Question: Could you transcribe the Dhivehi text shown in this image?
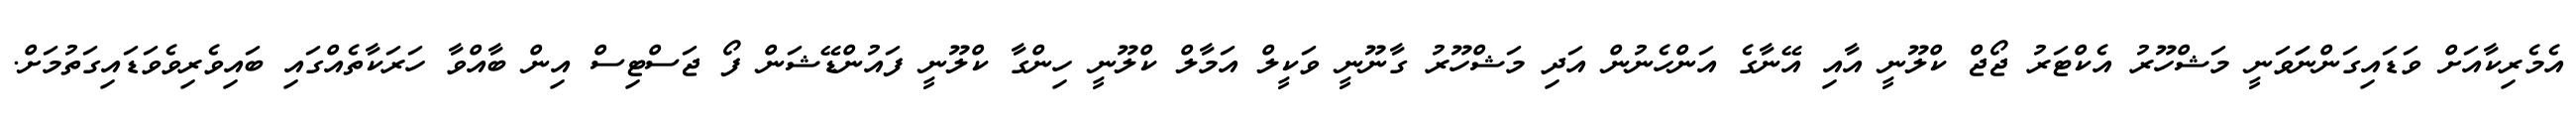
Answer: އެމެރިކާއަށް ވަޑައިގަންނަަވަނީ މަޝްހޫރު އެކްޓަރު ޖޯޖް ކްލޫނީ އާއި އޭނާގެ އަންހެނުން އަދި މަޝްހޫރު ގާނޫނީ ވަކީލް އަމާލް ކްލޫނީ ހިންގާ ކްލޫނީ ފައުންޑޭޝަން ފޯ ޖަސްޓިސް އިން ބާއްވާ ހަރަކާތެއްގައި ބައިވެރިވެވަޑައިގަތުމަށް.